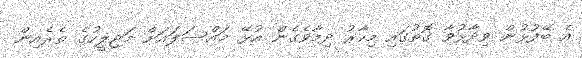
އެ ބޭފުޅުން ވިދާޅުވާ ގޮތުގައި މިހާރު ދިމާވެގެން އުޅޭ މައްސަލައަށް މަޖިލީހުގެ ތެރެއިން